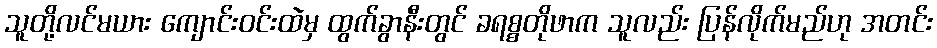
သူတို့လင်မယား ကျောင်းဝင်းထဲမှ ထွက်ခွာနီးတွင် ခရစ္စတိုဖာက သူလည်း ပြန်လိုက်မည်ဟု အတင်း